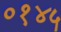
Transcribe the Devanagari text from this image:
०१४५